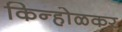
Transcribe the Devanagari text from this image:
किन्होळकर